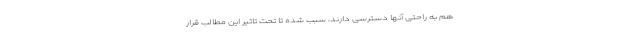
هم به راحتی آنها دسترسی دارند، سبب شده تا تحت تاثیر این مطالب قرار